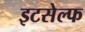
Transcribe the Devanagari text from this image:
इटसेल्फ